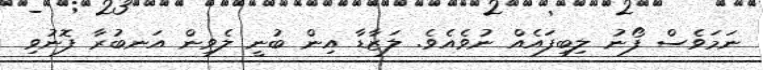
ނަމަވެސް ފޯނު ލިބިފައެއް ނުވެއެވެ. ލަޒާޑާ އިން ބުނީ ލެވިން އަނބުރާ ފޮނުވި